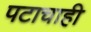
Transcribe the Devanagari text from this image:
पटाचाही